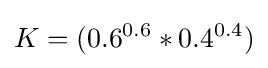
K=(0.6^{0.6}*0.4^{0.4})